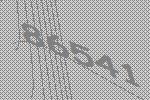
86541